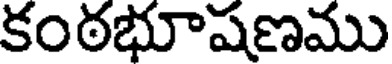
కంఠభూషణము